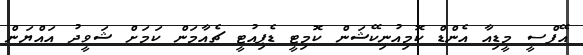
އޭފްސީ މީޑިއާ އެންޑް ކޮމިއުނިކޭޝަން ކޮމިޓީ ޑެޕިއުޓީ ޗެއާމަން ކަމަށް ޝަވީދު އައްޔަން